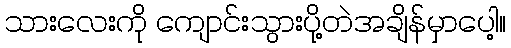
သားလေးကို ကျောင်းသွားပို့တဲအချိန်မှာပေါ့။